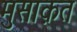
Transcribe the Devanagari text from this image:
मुसाक़त